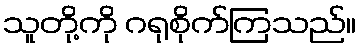
သူတို့ကို ဂရုစိုက်ကြသည်။